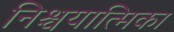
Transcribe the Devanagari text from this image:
निश्चयात्मिका